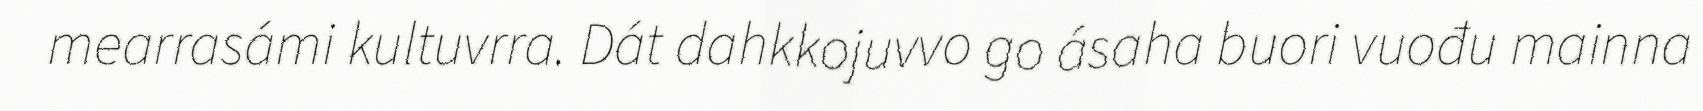
mearrasámi kultuvrra. Dát dahkkojuvvo go ásaha buori vuođu mainna